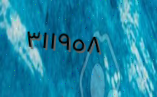
٣١١٩٥٨